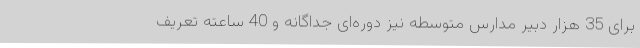
برای 35 هزار دبیر مدارس متوسطه نیز دوره‌ای جداگانه و 40 ساعته تعریف